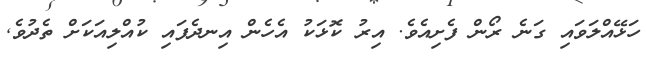
ހަޅޭއްލަވައި ގަނެ ރޯން ފެށިއެވެ. އިރު ކޮޅަކު އެހެން އިނދެފައި ކުއްލިއަކަށް ތެދުވެ